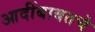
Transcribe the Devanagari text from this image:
आदींबाबतचे